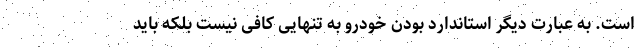
است. به عبارت دیگر استاندارد بودن خودرو به تنهایی کافی نیست بلکه باید